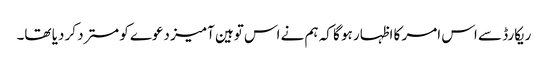
ریکارڈ سے اس امر کا اظہار ہو گا کہ ہم نے اس توہین آمیز دعوے کو مسترد کر دیا تھا۔